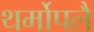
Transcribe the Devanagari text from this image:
थर्मोपलै